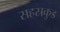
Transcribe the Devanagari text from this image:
सहस्रकुड